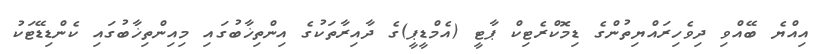
އިއްޔެ ބޭއްވި ދިވެހިރައްޔިތުންގެ ޑިމޮކްރެޓިކް ޕާޓީ (އެމްޑީޕީ)ގެ ދާއިރާތަކުގެ އިންތިޚާބުގައި މިއިންތިޚާބުގައި ކެންޑިޑޭޓަކު